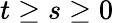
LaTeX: t\ge s\ge 0